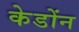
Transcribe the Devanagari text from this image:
केडोंन